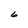
Character: 6